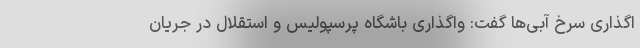
اگذاری سرخ آبی‌ها گفت: واگذاری باشگاه پرسپولیس و استقلال در جریان